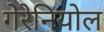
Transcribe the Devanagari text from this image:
गेरेनियोल